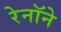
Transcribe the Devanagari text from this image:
रेनॉने